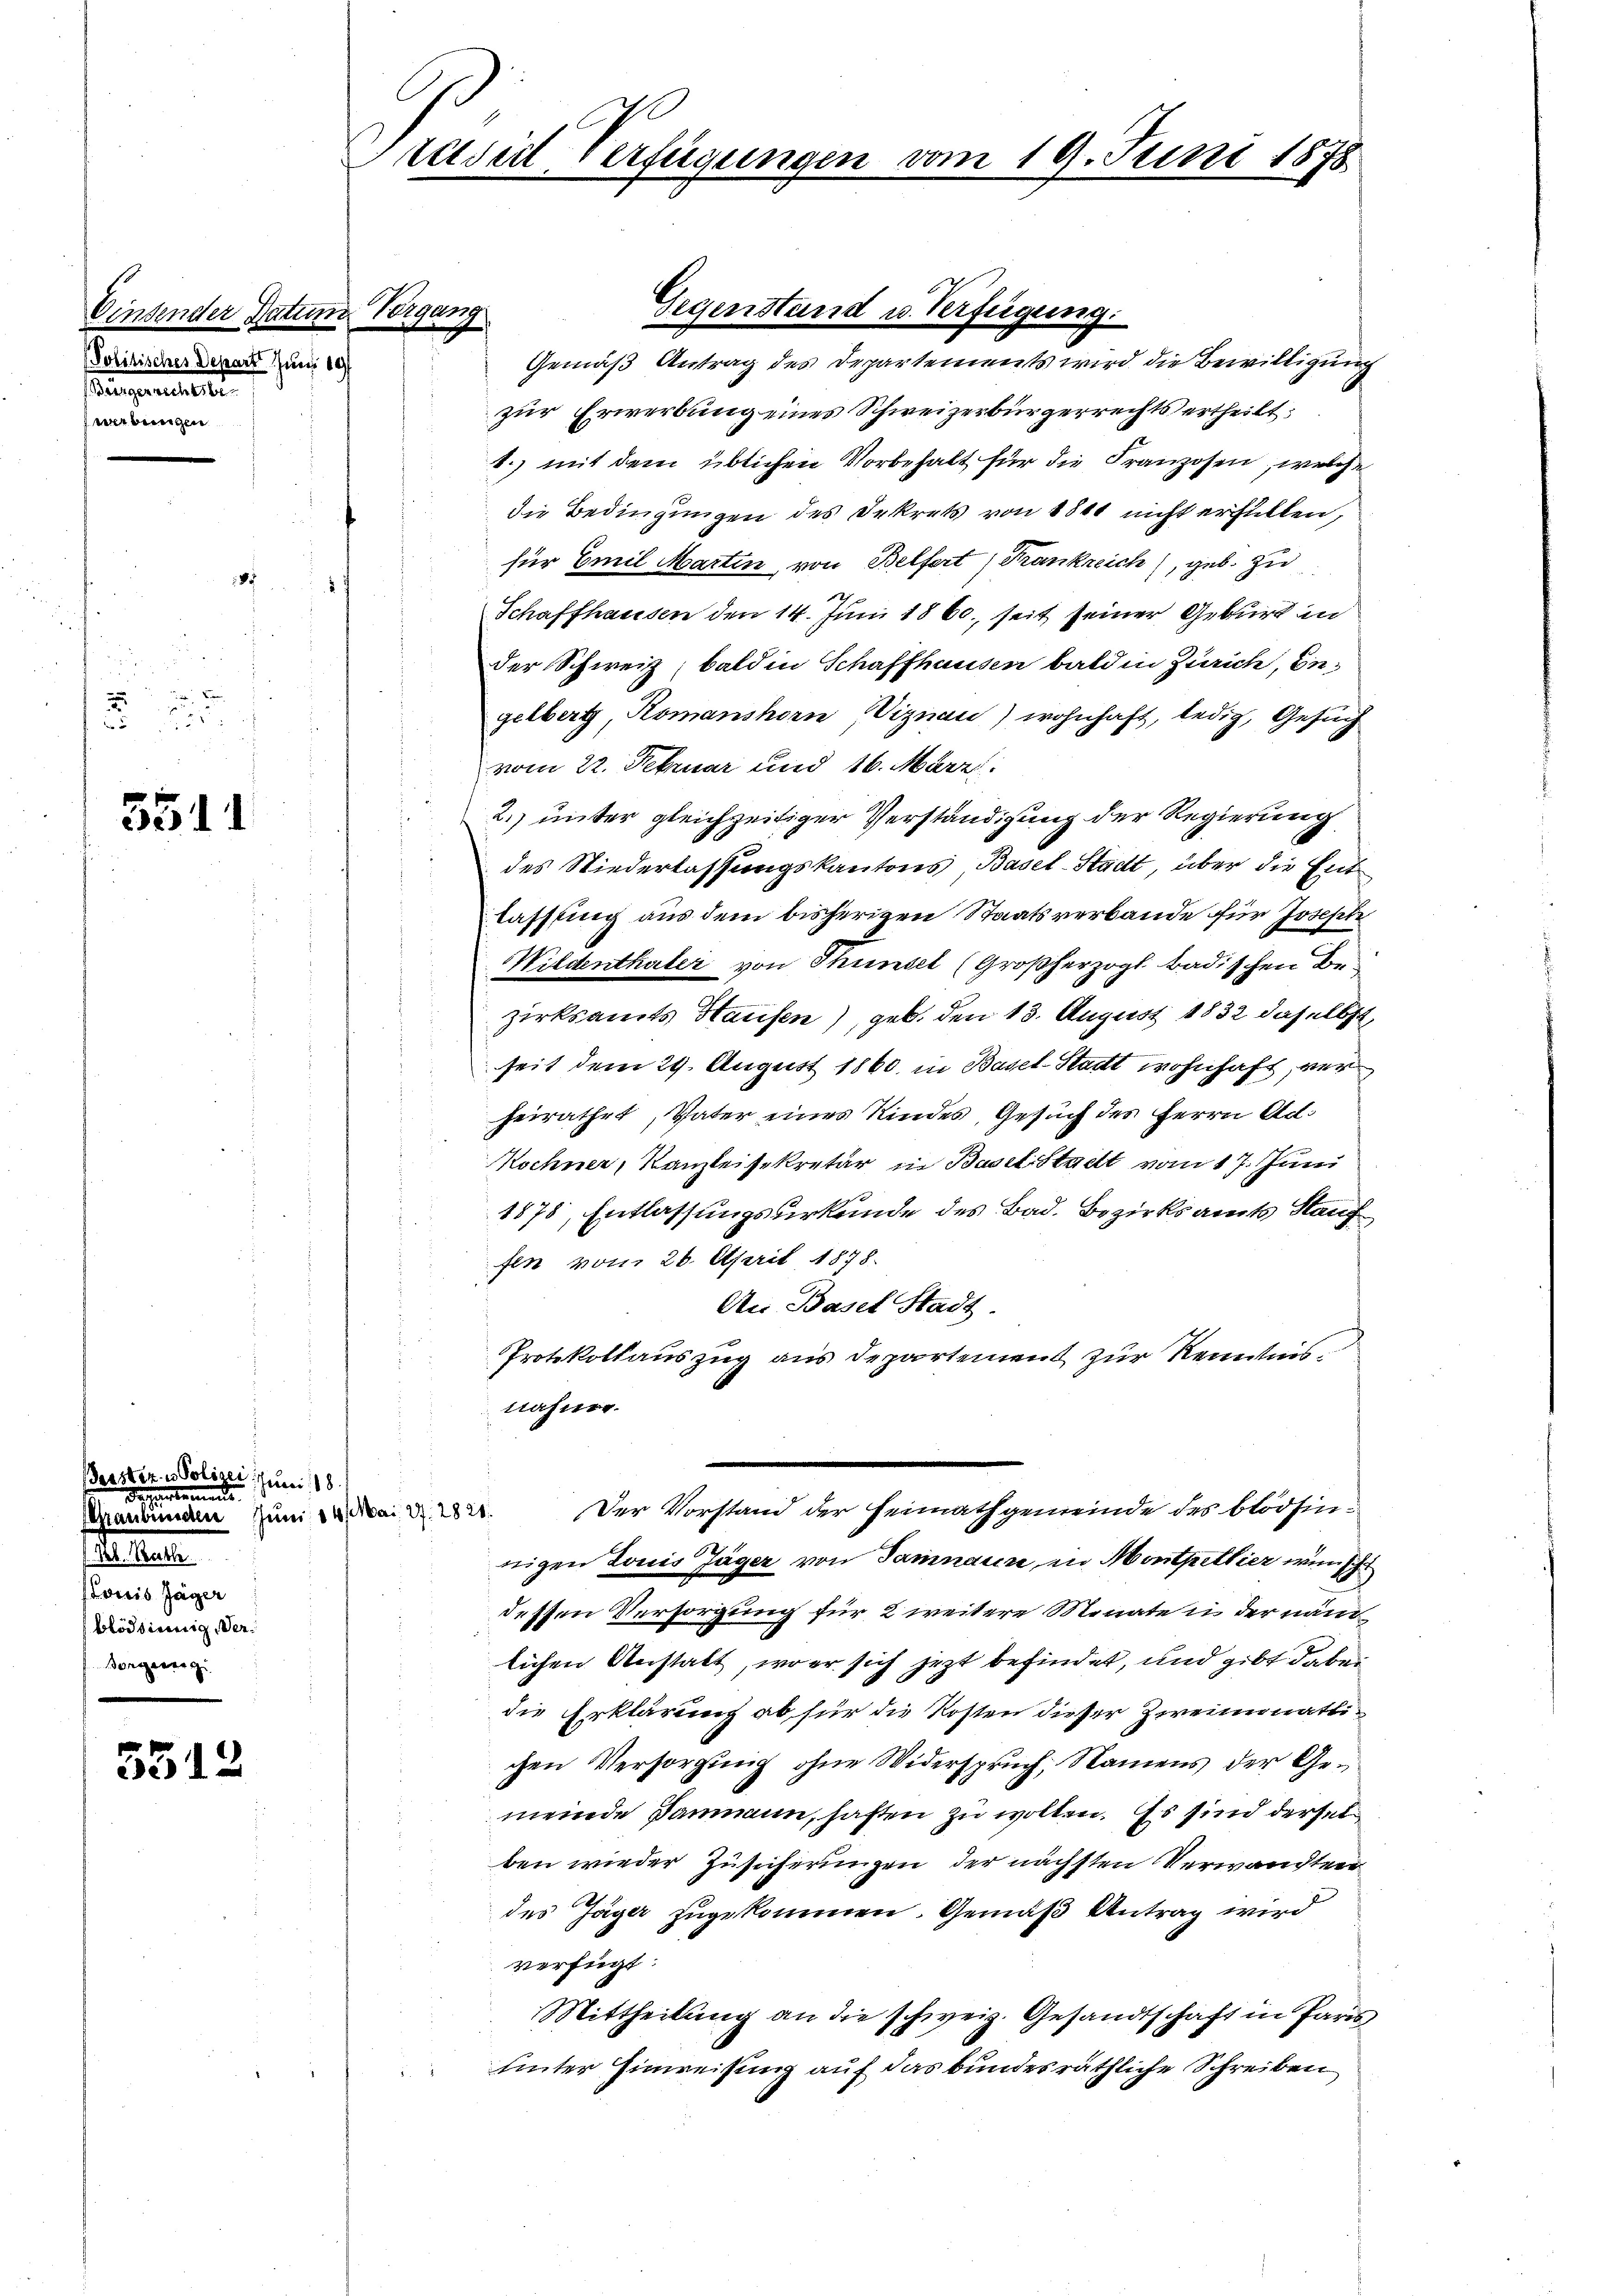
Einsender Par
Politisches Depart Juni 19
saugenstellt
werbungen

.
u

5511

Gerster u. Polizei, Juni 18
Departemende
Graubünden Juni 84/ Mai 27. 2820
Lntere
Louis Jäger
blödsinnig, Ver¬
Sorgerreg

5512

C

Präsid Verfügungen vom 19. Juni 1878

Gemäß Antrag des Departements wird die Bewilligung
zur Erwerbung eines Schweizerbürgerrechts ertheilt:
1.) mit dem üblichen Vorbehalt für die Franzosen, welche
die Bedingungen des Dekrets von 1841 nicht erfüllen,
für Emil Martin, von Belfert Frankreich, geb. zu
Schaffhausen den 14. Juni 1860, seit seiner Geburt in
der Schweiz; bald in Schaffhausen bald in Zürich, Engelbert, Romanshorn WViznau) wohnhaft, ledig, Gesuch
vom 22. Februar und 16. März.
2. unter gleichzeitiger Verständigung der Regierung
des Niederlassungskantons, Basel-Stadt, über die Entlassung aus dem bisherigen Staatsverbande für Joseph
Wildenthaler von Thunsel (Großherzogl. badischen Bezirksamts Haufen), geb. den 13. August 1832 daselbst,
seit dem 29. August 1860, in Basel-Stadt wohnhaft, verheirathet, Vater eines Kindes, Gesuch des Herrn Ad
Kochner, Kanzleisekretär in Baselstadt vom 17. Juni
1878, Entlassungsurkunde des Bad. Bezirksamts Stauf
fen vom 26. April 1878.
An Basel Stadt
Protokollauszug aus Departement zur Kenntnis¬

u Vergang

trafe.

Gegenstand u. Verfügung.

nigen Louis Jäger von Samnaure, in Montpellier wünsch
dessen Versorgung für 2 weitere Monate in der nämlichen Anstatt, wo er sich jetzt befindet, und gibt dabei
die Erklärung ab für die Kosten dieser Zweimonatlichen Versorgung ohne Widerspruch, Namens der Gemeinde Baumann, haften zu wollen. Es sind derselben wieder Zusicherungen der nächsten Verwandten
des Jäger zugekommen. Gemäß Antrag wird
verfügt:
Mittheilung an die schweiz. Gesandtschaft in Paris
unter Einweisung auf das bundesräthliche Schreiben
i

Der Vorstand der Heimathgemeinde des blödsin¬